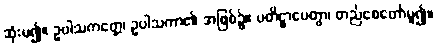
ဆုံးမ၍။ ဥပါသကတ္တေ၊ ဥပါသကာ၏ အဖြစ်၌။ ပတိဋ္ဌာပေတွာ၊ တည်စေတော်မူ၍။